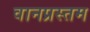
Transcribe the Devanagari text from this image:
वानप्रस्तम